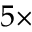
5 \times